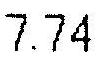
7.74